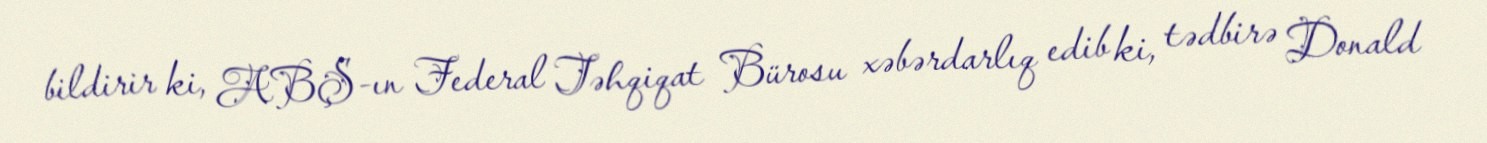
bildirir ki, ABŞ-ın Federal Təhqiqat Bürosu xəbərdarlıq edib ki, tədbirə Donald